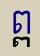
ព្ព